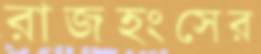
রাজহংসের